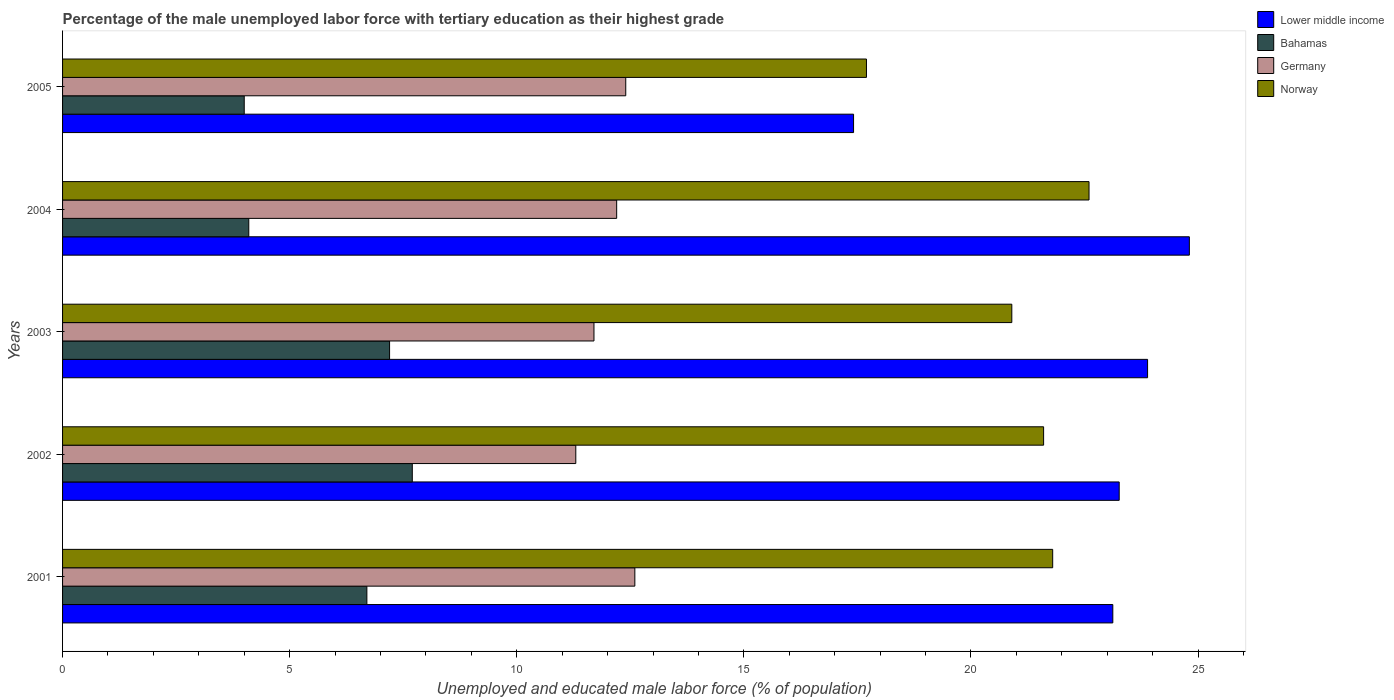
| Years | Lower middle income | Bahamas | Germany | Norway |
 | --- | --- | --- | --- | --- |
 | 2001 | 23.1 | 6.7 | 12.6 | 21.8 |
 | 2002 | 23.3 | 7.7 | 11.3 | 21.6 |
 | 2003 | 23.9 | 7.2 | 11.7 | 20.9 |
 | 2004 | 24.8 | 4.1 | 12.2 | 22.6 |
 | 2005 | 17.4 | 4 | 12.4 | 17.7 |